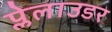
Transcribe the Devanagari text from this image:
प्लेलाउडर